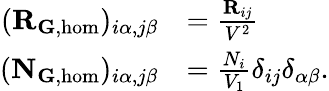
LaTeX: \begin{array}{rl}{(\mathbf{R}_{{\mathbf G},\mathrm{hom}})_{i\alpha,j\beta}}&{=\frac{\mathbf{R}_{ij}}{V^{2}}}\\ {(\mathbf{N}_{\mathbf{G},\mathrm{hom}})_{i\alpha,j\beta}}&{=\frac{N_{i}}{V_{1}}\delta_{ij}\delta_{\alpha\beta}.}\end{array}